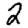
Digit: 2